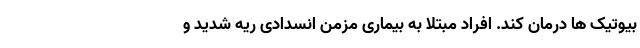
بیوتیک ها درمان کند. افراد مبتلا به بیماری مزمن انسدادی ریه شدید و